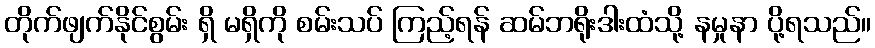
တိုက်ဖျက်နိုင်စွမ်း ရှိ မရှိကို စမ်းသပ် ကြည့်ရန် ဆမ်ဘရိုးဒါးထံသို့ နမှုနာ ပို့ရသည်။